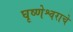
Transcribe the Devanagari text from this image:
घृष्णेश्वराचे